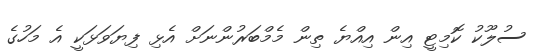
ސުލޫކު ކޮމިޓީ އިން އިއްޔެ ތިން މެމްބަރުންނަށް އެޅި ފިޔަވަޅަކީ އެ މަހުގެ